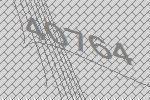
40764